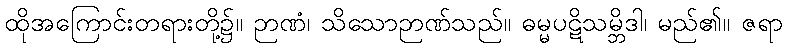
ထိုအကြောင်းတရားတို့၌။ ဉာဏံ၊ သိသောဉာဏ်သည်။ ဓမ္မပဋိသမ္ဘိဒါ၊ မည်၏။ ဇရာ